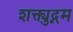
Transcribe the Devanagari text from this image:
शक्त्युद्गम